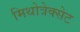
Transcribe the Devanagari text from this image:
मिथोत्रेक्सेट